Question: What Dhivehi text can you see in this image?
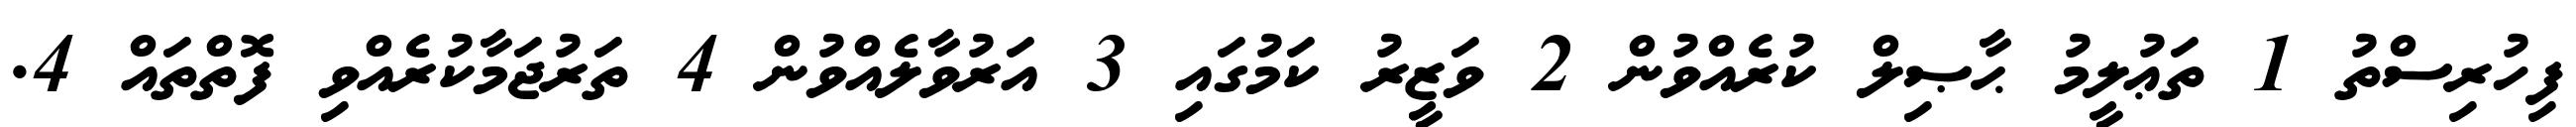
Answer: ފިހުރިސްތު 1 ތަޢުލީމު ޙާޞިލް ކުރެއްވުން 2 ވަޒީރު ކަމުގައި 3 އަރުވާލެއްވުން 4 ތަރުޖަމާކުރެއްވި ފޮތްތައް 4.